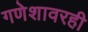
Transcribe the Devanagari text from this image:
गणेशावरही